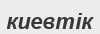
киевтік